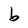
Character: b